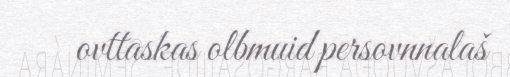
ovttaskas olbmuid persovnnalaš